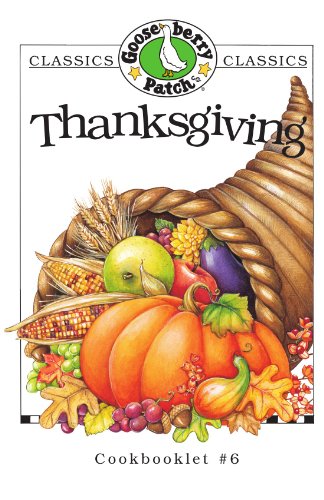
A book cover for Thanksgiving (Gooseberry Patch Classic Cookbooklets, No. 6); Gooseberry Patch; Cookbooks, Food & Wine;